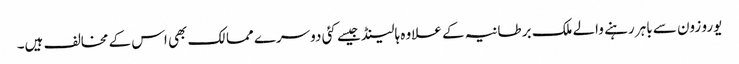
یورو زون سے باہر رہنے والے ملک برطانیہ کے علاوہ ہالینڈ جیسے کئی دوسرے ممالک بھی اس کے مخالف ہیں۔